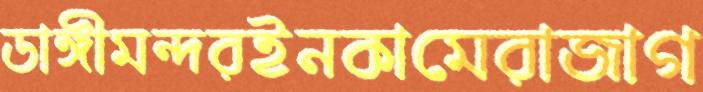
ডাঙ্গীমন্দরইনকামেরাজাগ